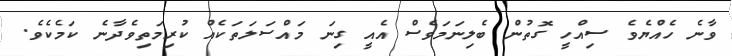
ވާނެ ހެއްޔެވެ ސިއްހީ ގޮތުން ބެލިނަމަވެސް އެއީ ގިނަ މައްސަލަތަކެއް ކުރިމަތިވެދާނެ ކަމެކެވެ.